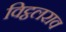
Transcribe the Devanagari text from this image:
विट्ठलराव